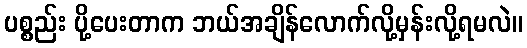
ပစ္စည်း ပို့ပေးတာက ဘယ်အချိန်လောက်လို့မှန်းလို့ရမလဲ။